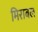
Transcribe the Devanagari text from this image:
मिराबल